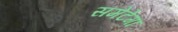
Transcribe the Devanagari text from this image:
समेटेगा